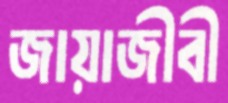
জায়াজীবী